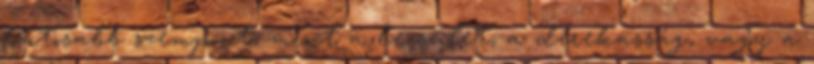
fontosabb szempont, mint a becsület, a derekasság, vagy a